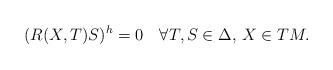
LaTeX: \begin{align*} (R(X,T)S)^h=0\quad\forall T,S\in\Delta,\, X\in TM. \end{align*}